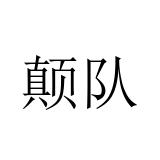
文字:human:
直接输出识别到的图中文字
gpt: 颠队